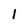
Character: 1